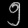
Digit: ၅